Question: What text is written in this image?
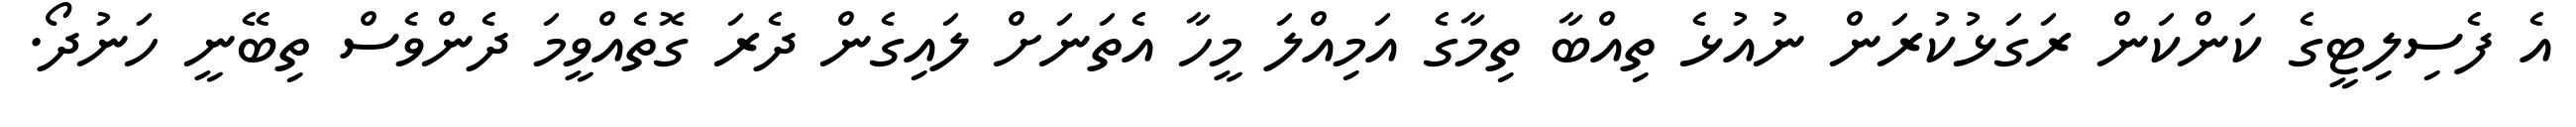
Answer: އެ ފެސިލިޓީގެ ކަންކަން ރަގަޅުކުރަން ނުއުޅެ ތިއްބާ ތިމާގެ އަމިއްލަ މީހާ އެތަނަށް ލައިގެން ދެރަ ގޮތެއްވީމަ ދެންވެސް ތިބޭނީ ހަނުދޯ.